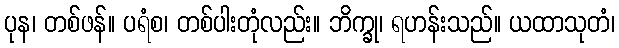
ပုန၊ တစ်ဖန်။ ပရံစ၊ တစ်ပါးတုံလည်း။ ဘိက္ခု၊ ရဟန်းသည်။ ယထာသုတံ၊